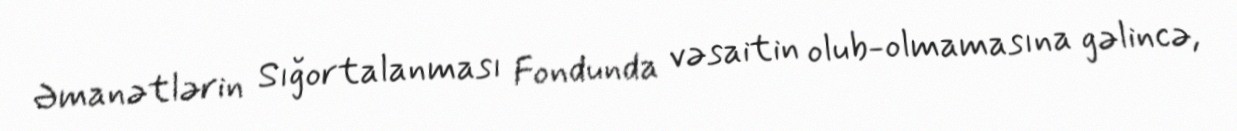
Əmanətlərin Sığortalanması Fondunda vəsaitin olub-olmamasına gəlincə,